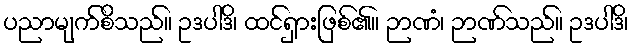
ပညာမျက်စိသည်။ ဥဒပါဒိ၊ ထင်ရှားဖြစ်၏။ ဉာဏံ၊ ဉာဏ်သည်။ ဥဒပါဒိ၊